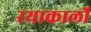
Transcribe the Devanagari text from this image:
रयाकार्लो